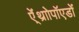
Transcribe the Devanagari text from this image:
ऐं्थ्राोपॉएडों